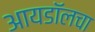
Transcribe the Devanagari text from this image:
आयडॉलचा